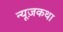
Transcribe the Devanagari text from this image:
न्यूज़कथा